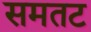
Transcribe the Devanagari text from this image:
समतट